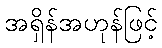
အရှိန်အဟုန်ဖြင့်